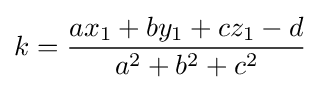
k={\dfrac {ax_{1}+by_{1}+cz_{1}-d}{a^{2}+b^{2}+c^{2}}}